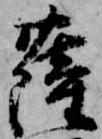
薩